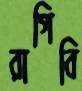
রাগিবি